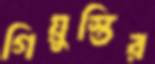
গিয়ুস্তির